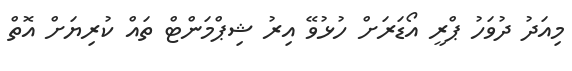
މިއަދު ދުވަހު ޕްރީ އޯޑަރަށް ހުޅުވޭ އިރު ޝިޕްމަންޓް ތައް ކުރިޔަށް އޮތް